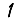
Digit: 1